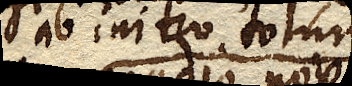
ab initio totum